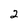
Character: 2